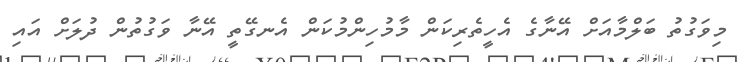
މިވަގުތު ބަލްމާއަށް އޭނާގެ އެހީތެރިކަން މާމުހިންމުކަން އެނގޭތީ އޭނާ ވަގުތުން ދުލަށް އައި